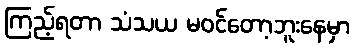
ကြည့်ရတာ သံသယ မဝင်တော့ဘူးနေမှာ